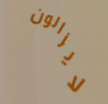
لايزالون